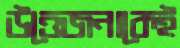
উত্তেজনাকেই